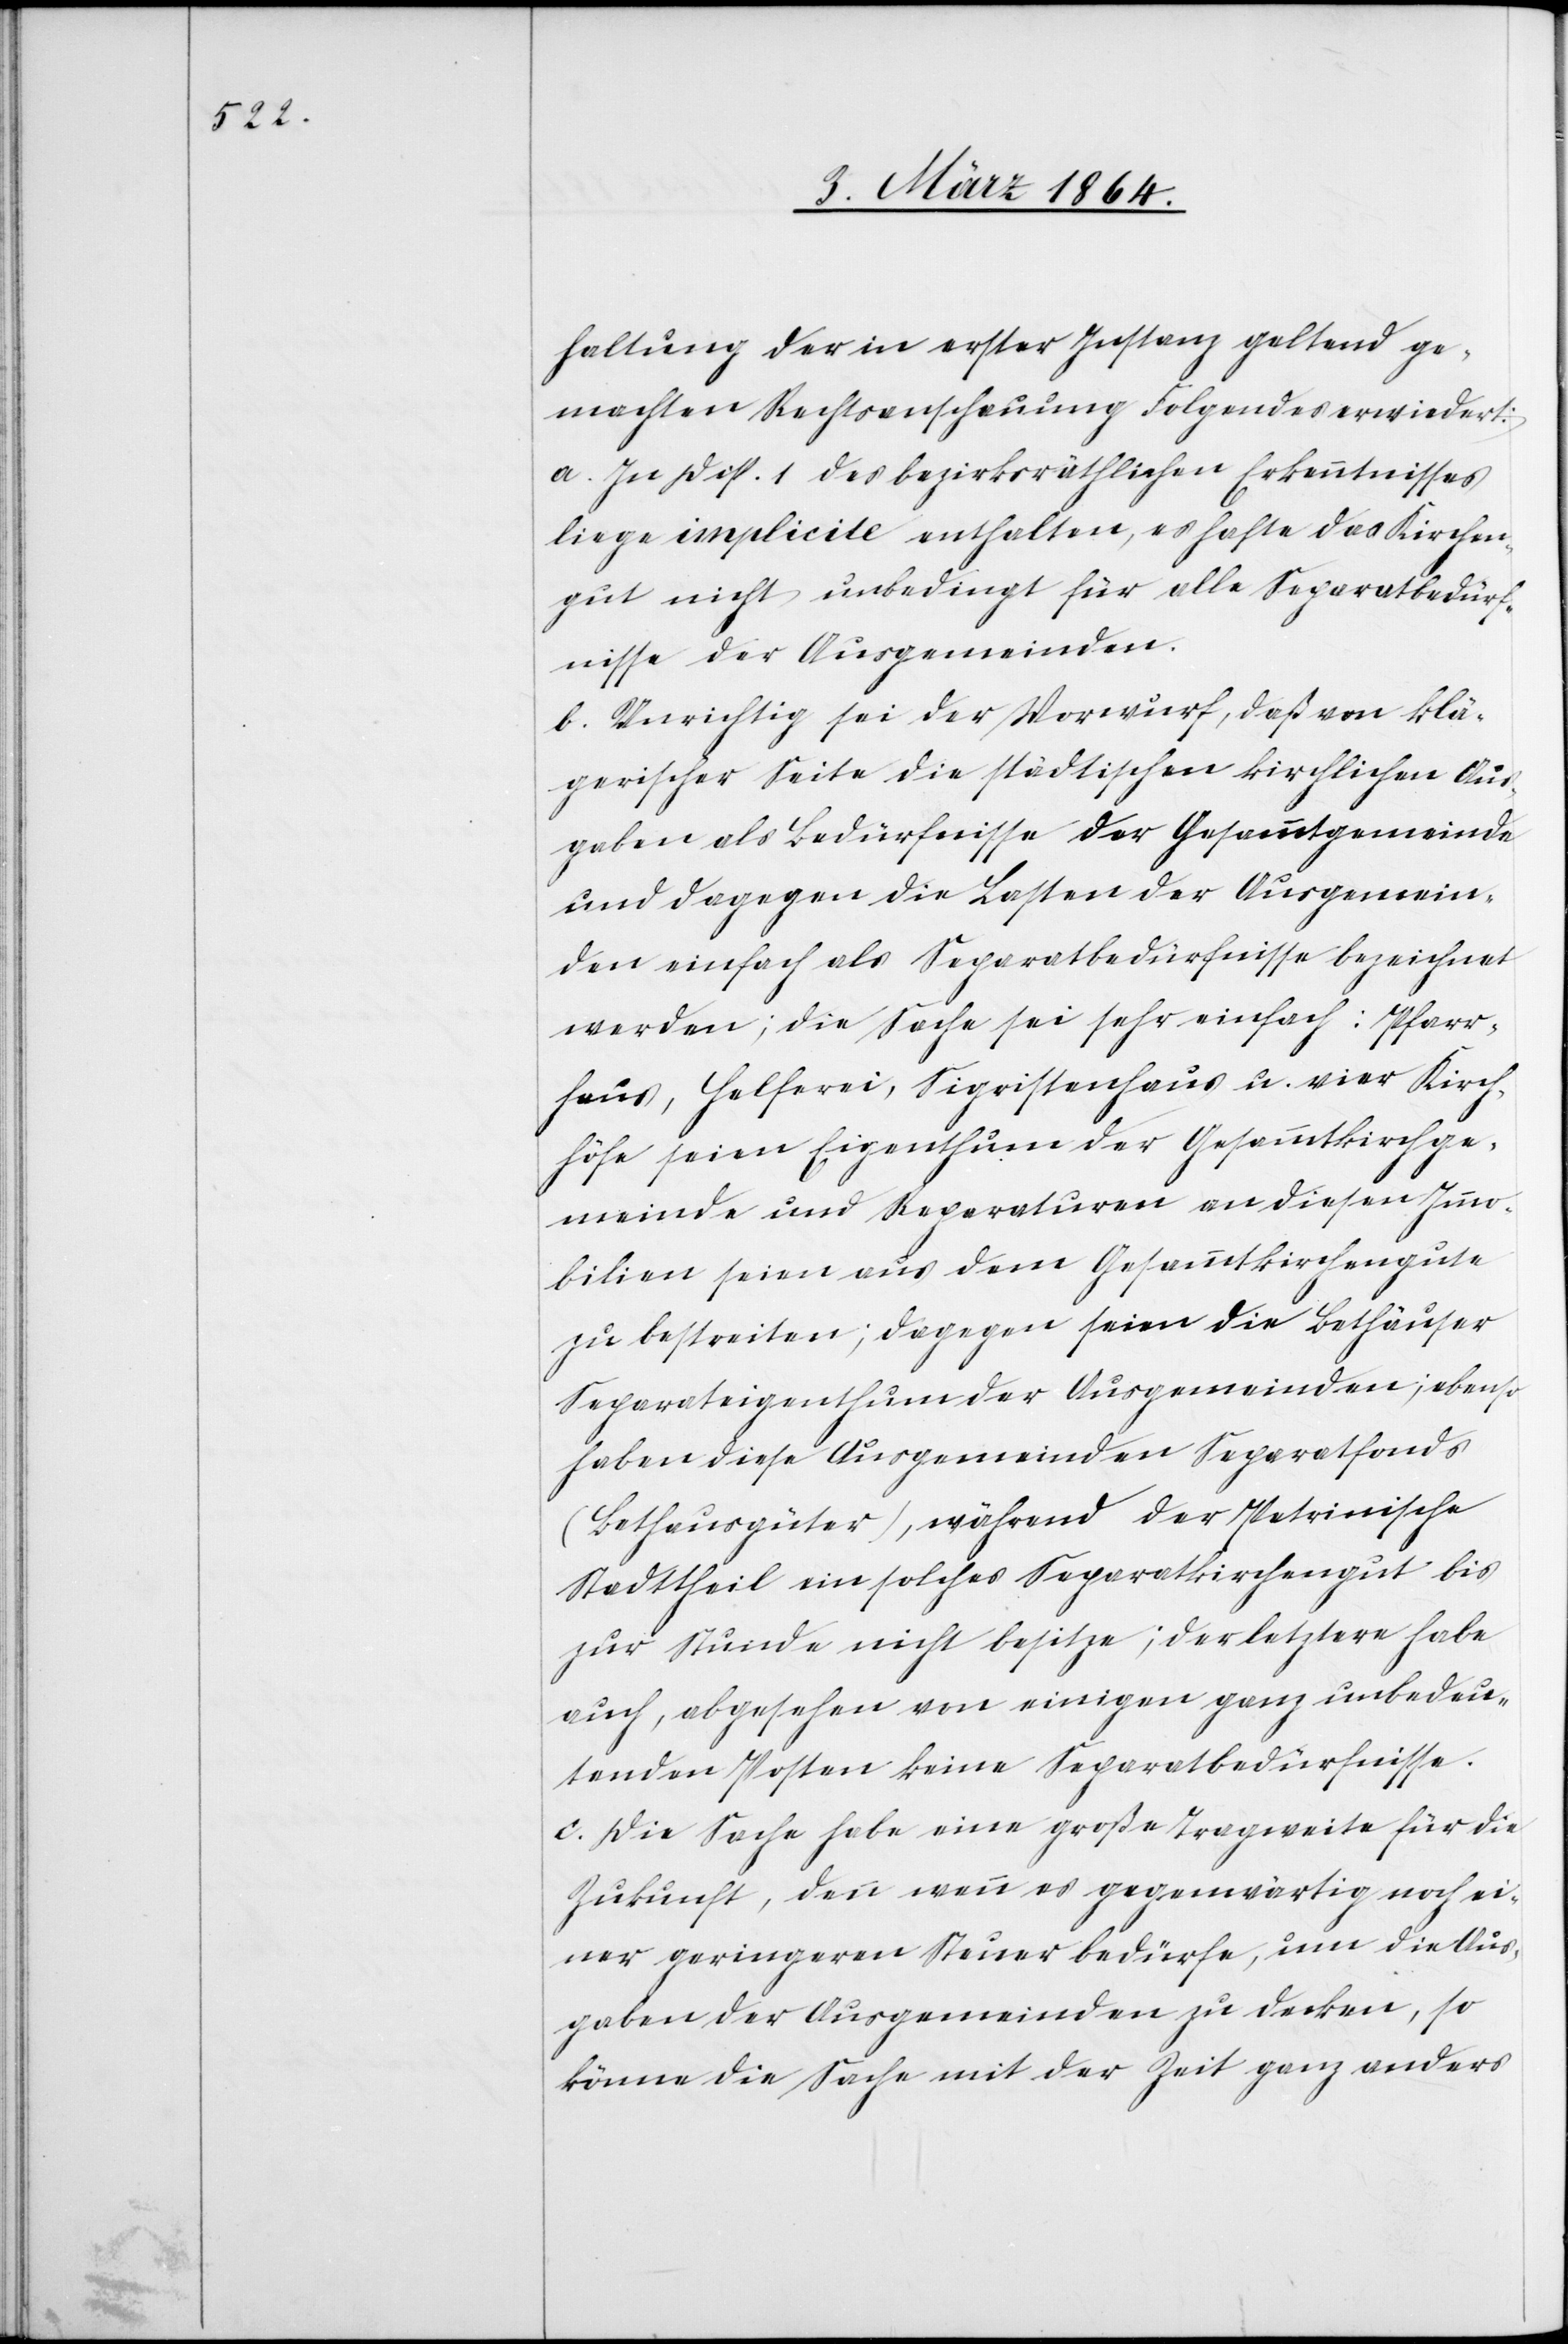
haltung der in erster Instanz geltend ge¬
machten Rechtsanschauung Folgendes erwiedert:
a. In Disp. 1 des bezirksräthlichen Erkenntnisses
liege implicite enthalten, es hafte das Kirchen¬
gut nicht unbedingt für alle Separatbedürf¬
nisse der Ausgemeinden.
b. Unrichtig sei der Vorwurf, daß von klä¬
gerischer Seite die städtischen kirchlichen Aus¬
gaben als Bedürfnisse der Gesammtgemeinde
und dagegen die Lasten der Ausgemein¬
den einfach als Separatbedürfnisse bezeichnet
werden; die Sache sei sehr einfach: Pfarr¬
haus, Helferei, Sigristenhaus u. vier Kirch¬
höfe seien Eigenthum der Gesammtkirchge¬
meinde und Reparaturen an diesen Immo¬
bilien seien aus dem Gesammtkirchengute
zu bestreiten; dagegen seien die Bethäuser
Separateigenthum der Ausgemeinden; ebenso
haben diese Ausgemeinden Separatfonds
(Bethausgüter), während der Petrinische
Stadttheil ein solches Separatkirchengut bis
zur Stunde nicht besitze; der letztere habe
auch, abgesehen von einigen ganz unbedeu¬
tenden Posten keine Separatbedürfnisse.
c. Die Sache habe eine große Tragweite für die
Zukunft, denn wenn es gegenwärtig noch ei¬
ner geringeren Steuer bedürfe, um die Aus¬
gaben der Ausgemeinden zu decken, so
könne die Sache mit der Zeit ganz anders